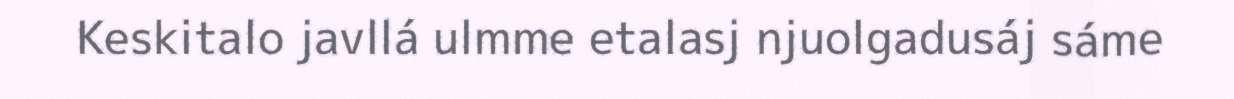
Keskitalo javllá ulmme etalasj njuolgadusáj sáme